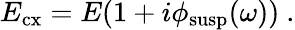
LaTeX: E_{\mathrm{cx}}=E(1+i\phi_{\mathrm{susp}}(\omega))~.